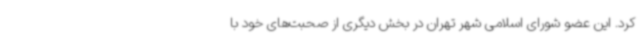
کرد. این عضو شورای اسلامی شهر تهران در بخش دیگری از صحبت‌های خود با